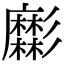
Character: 𢒹